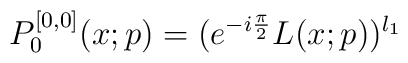
P_0^{[0,0]} (x;p) = (e^{-i\frac{\pi}{2}} L (x;p))^{l_1}